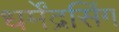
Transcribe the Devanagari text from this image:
धर्मेंद्रसिंग